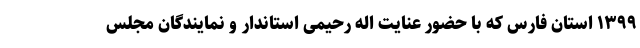
۱۳۹۹ استان فارس که با حضور عنایت‌ اله رحیمی استاندار و نمایندگان مجلس